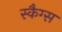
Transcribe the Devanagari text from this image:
स्कैग्स